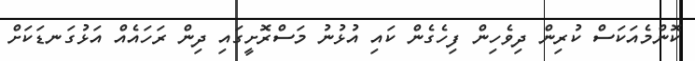
ކޮންމެއަކަސް ކުރިން ދިވެހިން ފިހެގެން ކައި އުޅުނު މަސްރޮށީގައި ދިން ރަހައެއް އަޅުގަނޑަކަށް